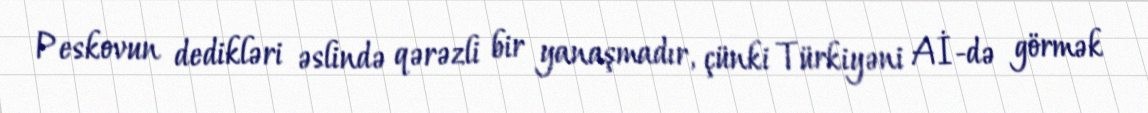
Peskovun dedikləri əslində qərəzli bir yanaşmadır, çünki Türkiyəni Aİ-də görmək